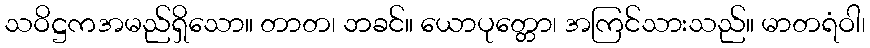
သဝိဋ္ဌကအမည်ရှိသော။ တာတ၊ ဘခင်။ ယောပုတ္တော၊ အကြင်သားသည်။ မာတရံဝါ၊